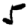
Digit: 5